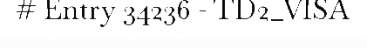
# Entry 34236 - TD2_VISA